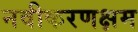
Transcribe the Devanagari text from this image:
नवीकरणक्षम